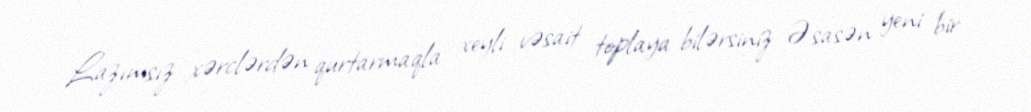
Lazımsız xərclərdən qurtarmaqla xeyli vəsait toplaya bilərsiniz Əsasən yeni bir